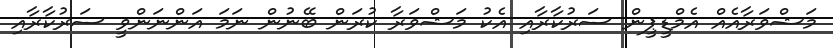
މަޝްވަރާއެއް އެމްޑީޕީން ސަރުކާރާއި އެކު މަޝްވަރާ ކުރަން ބޭނުން ނަމަ އަންނަންވީ ސަރުކާރާއި